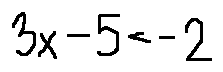
3 x - 5 < - 2